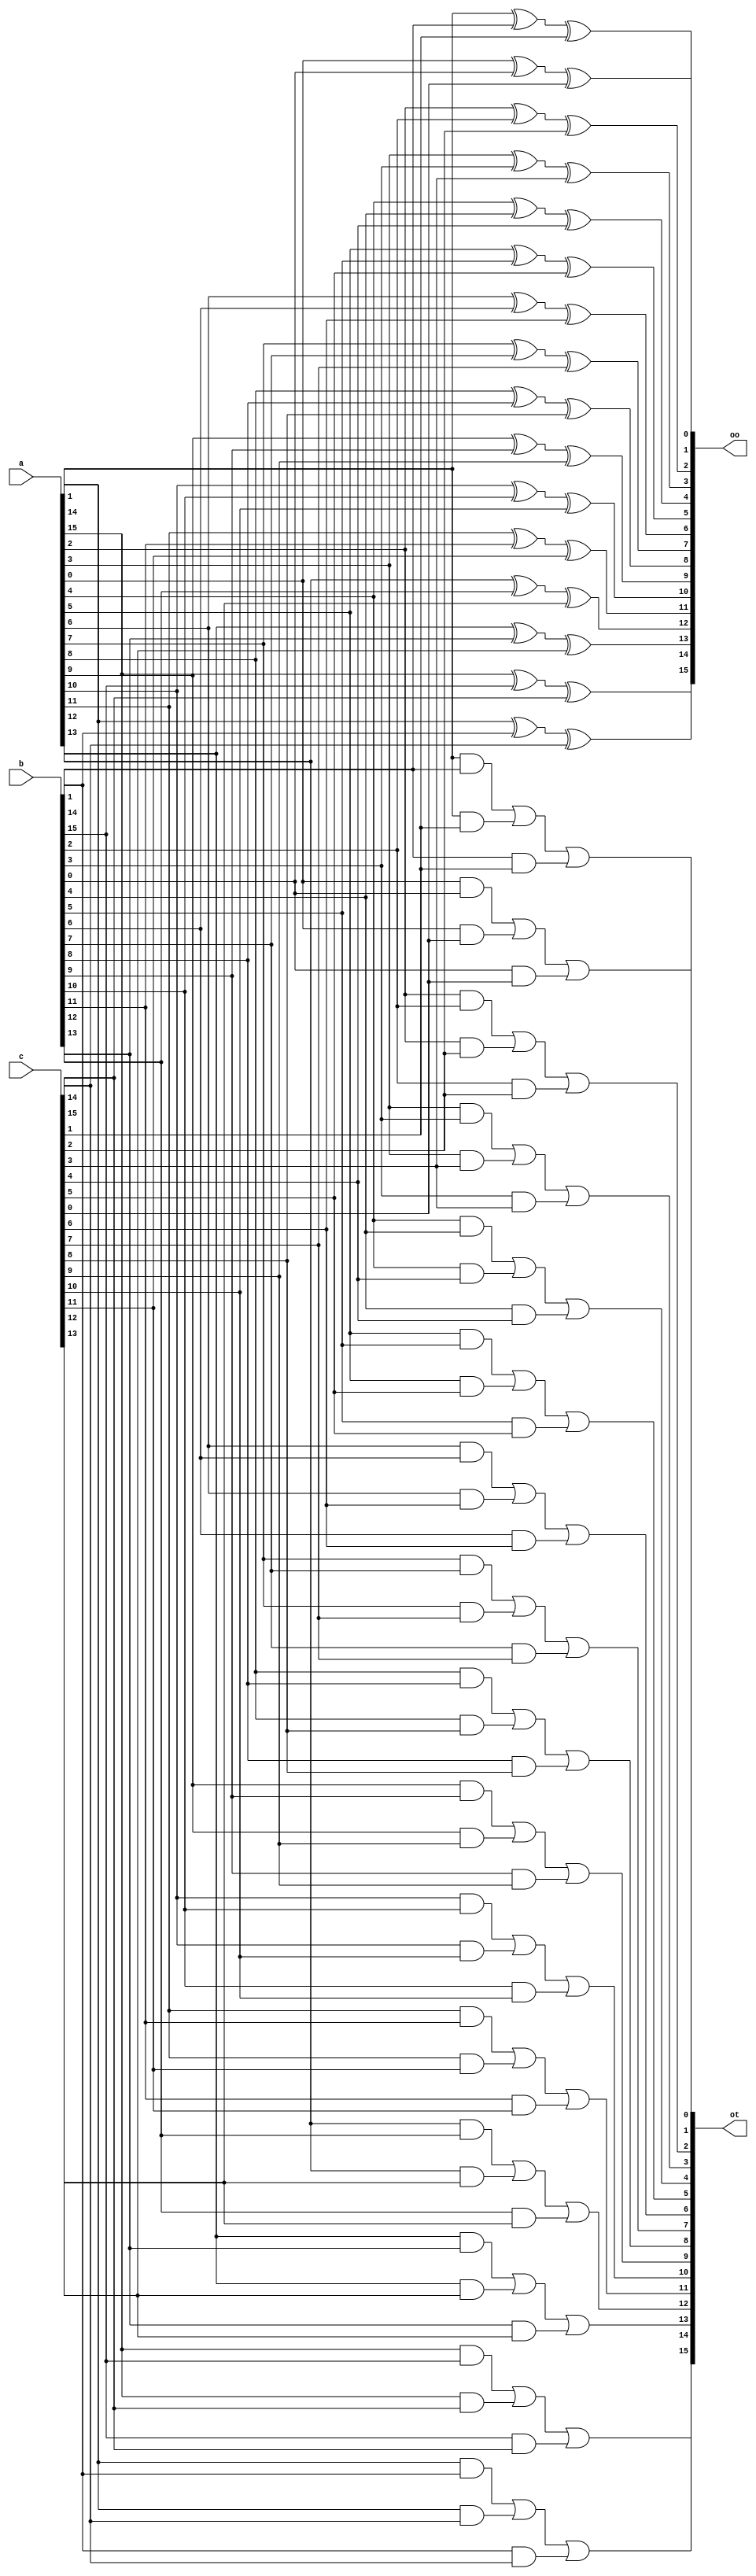
module compress_32 (a,b,c,oo,ot);
parameter WIDTH = 16;
input [WIDTH-1:0] a,b,c;
output [WIDTH-1:0] oo,ot;

genvar i;
generate
    for (i=0; i<WIDTH; i=i+1)
    begin : cmp
        assign oo[i] = a[i] ^ b[i] ^ c[i];
        assign ot[i] = (a[i] & b[i]) | (a[i] & c[i]) | (b[i] & c[i]);
    end
endgenerate
endmodule